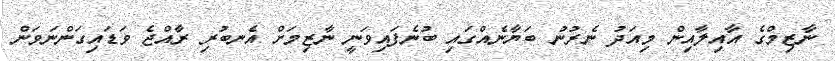
ނާޒިމްގެ އާއިލާއިން މިއަދު ނެރުނު ބަޔާނެއްގައި ބުނެފައިވަނީ ނާޒިމަށް އެނބުރި ރާއްޖެ ވަޑައިގަންނަވަން